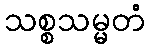
သစ္စသမ္မတံ